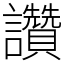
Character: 讚